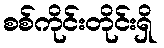
စစ်ကိုင်းတိုင်းရှိ